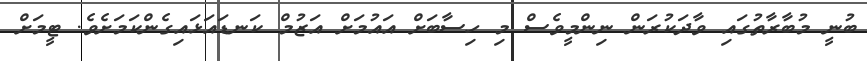
ބުނީ މުބާރާތުގައި ވާދަކުރަން ނިންމީވެސް މި ހިސާބަށް އައުމަށް އަޒުމް ކަނޑައަޅައިގެންކަމަށެވެ. ޓީމަށް